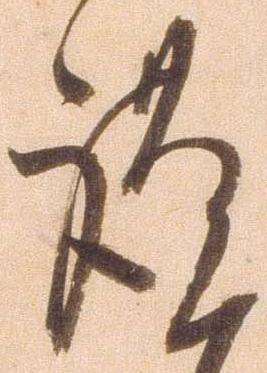
謹